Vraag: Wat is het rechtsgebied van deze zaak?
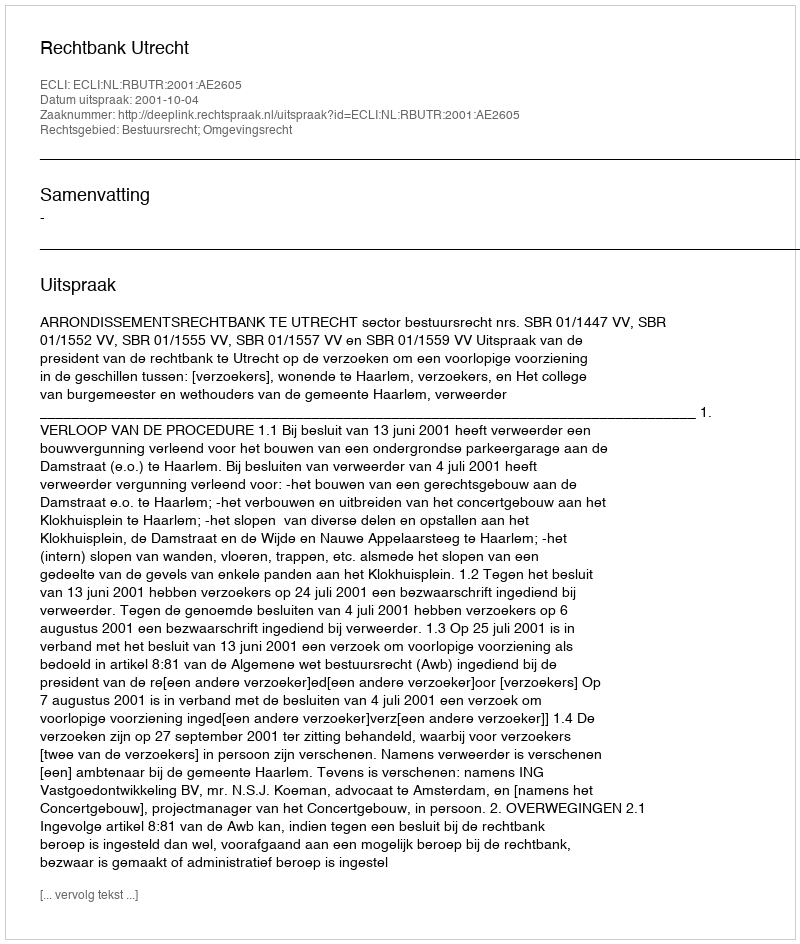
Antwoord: Bestuursrecht; Omgevingsrecht